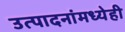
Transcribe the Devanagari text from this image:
उत्पादनांमध्येही